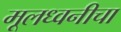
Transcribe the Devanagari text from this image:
मूलध्वनीचा